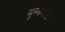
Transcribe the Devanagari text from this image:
मुस्कराना